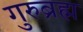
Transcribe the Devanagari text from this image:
गुरुब्रह्म